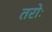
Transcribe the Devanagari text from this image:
तरोः